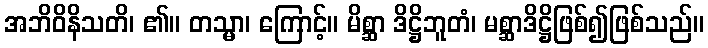
အဘိဝိနိသတိ၊ ၏။ တသ္မာ၊ ကြောင့်။ မိစ္ဆာ ဒိဋ္ဌိဘူတံ၊ မစ္ဆာဒိဋ္ဌိဖြစ်၍ဖြစ်သည်။